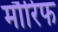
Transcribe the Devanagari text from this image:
मौरिफ